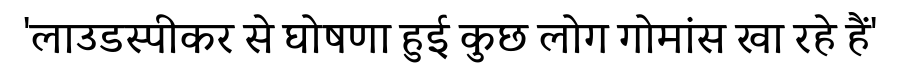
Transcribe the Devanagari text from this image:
'लाउडस्पीकर से घोषणा हुई कुछ लोग गोमांस खा रहे हैं'